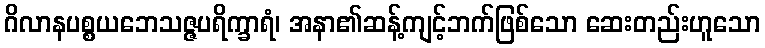
ဂိလာနပစ္စယဘေသဇ္ဇပရိက္ခာရံ၊ အနာ၏ဆန့်ကျင့်ဘက်ဖြစ်သော ဆေးတည်းဟူသော